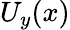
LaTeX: U_{y}(x)